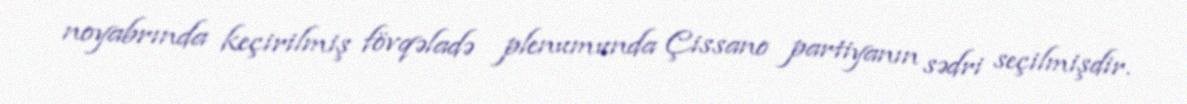
noyabrında keçirilmiş fövqəladə plenumunda Çissano partiyanın sədri seçilmişdir.